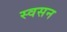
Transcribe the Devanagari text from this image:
स्वसन